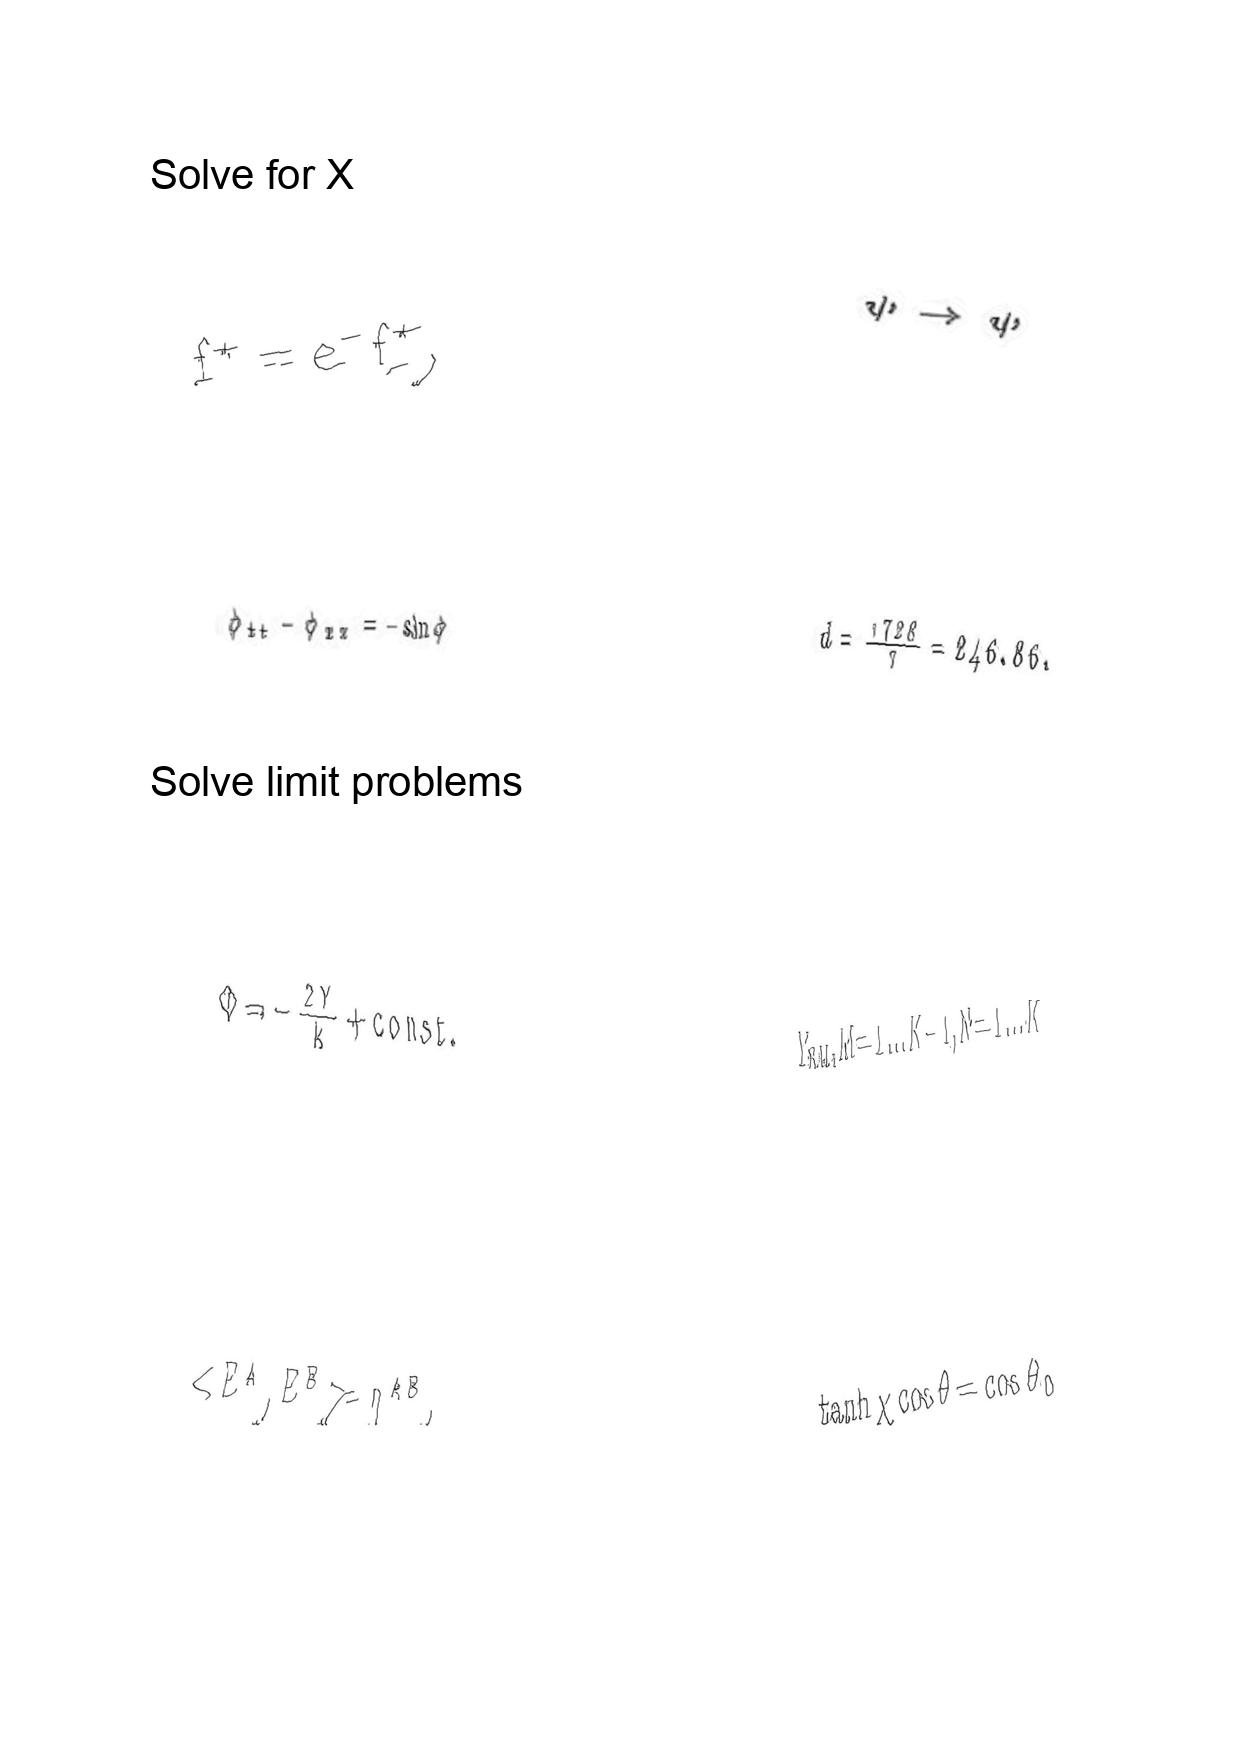
LaTeX transcription:
f ^ { + } = e ^ { - } f _ { - } ^ { + } ,
\phi _ { t t } - \phi _ { x x } = - \sin \phi
\Phi = - \frac { 2 Y } { k } + c o n s t .
\lt E ^ { A } , E ^ { B } \gt = \eta ^ { A B } ,
\psi \rightarrow \psi
d = \frac { 1 7 2 8 } { 7 } = 2 4 6 . 8 6 .
Y _ { N M } , M = 1 \ldots K - 1 , N = 1 \ldots K
\tanh \chi \cos \theta = \cos \theta _ { 0 }